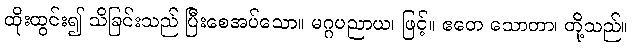
ထိုးထွင်း၍ သိခြင်းသည် ပြီးစေအပ်သော။ မဂ္ဂပညာယ၊ ဖြင့်။ ဧတေ သောတာ၊ တို့သည်။